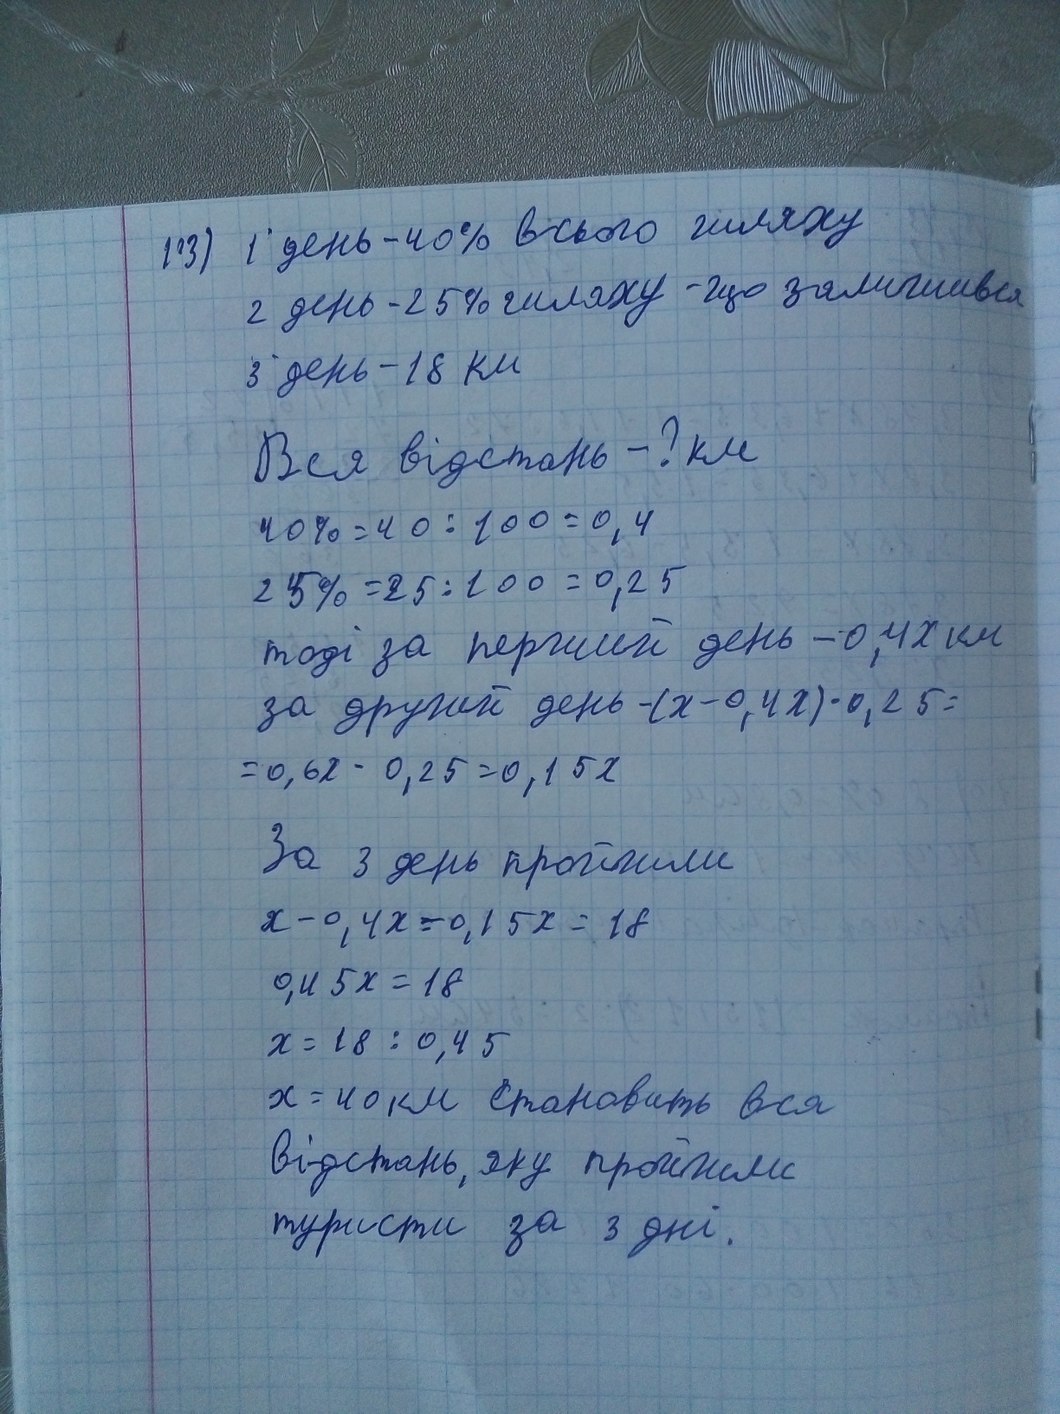
1 день - 40% всего шляху
103)
2 днів - 25% шляху - що залишився
3 день - 18 км
Вся відстань - ? км
40% = 40 * 100 = 0,4
25% = 25 / 100 = 0,25
поди, за перший день - 0,4x км
за другий день - (x - 0,4x) * 0,25 =
= 0,6x - 0,25 = 0,15x
За 3 день пройшли
x - 0,4x = 0,15x = 18
0,45x = 18
x = 18 / 0,45
x = 40 км Становить вся
відстань, яку пройшли
туристи за 3 дні.